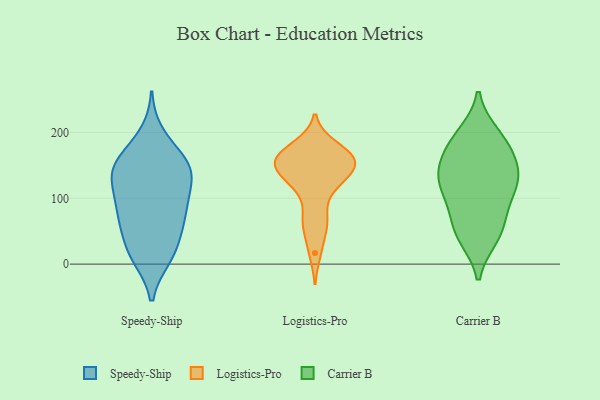
{"axis": {"x": "Satisfaction Score", "y": "Value"}, "legend": ["Carrier B", "Logistics-Pro", "Speedy-Ship"], "data": [{"x": "", "y": 79, "type": "Speedy-Ship"}, {"x": "", "y": 148, "type": "Speedy-Ship"}, {"x": "", "y": 125, "type": "Speedy-Ship"}, {"x": "", "y": 136, "type": "Speedy-Ship"}, {"x": "", "y": 84, "type": "Speedy-Ship"}, {"x": "", "y": 130, "type": "Speedy-Ship"}, {"x": "", "y": 196, "type": "Speedy-Ship"}, {"x": "", "y": 84, "type": "Speedy-Ship"}, {"x": "", "y": 13, "type": "Speedy-Ship"}, {"x": "", "y": 167, "type": "Speedy-Ship"}, {"x": "", "y": 68, "type": "Speedy-Ship"}, {"x": "", "y": 15, "type": "Speedy-Ship"}, {"x": "", "y": 146, "type": "Speedy-Ship"}, {"x": "", "y": 36, "type": "Speedy-Ship"}, {"x": "", "y": 52, "type": "Speedy-Ship"}, {"x": "", "y": 11, "type": "Speedy-Ship"}, {"x": "", "y": 141, "type": "Speedy-Ship"}, {"x": "", "y": 157, "type": "Speedy-Ship"}, {"x": "", "y": 97, "type": "Speedy-Ship"}, {"x": "", "y": 125, "type": "Logistics-Pro"}, {"x": "", "y": 117, "type": "Logistics-Pro"}, {"x": "", "y": 180, "type": "Logistics-Pro"}, {"x": "", "y": 68, "type": "Logistics-Pro"}, {"x": "", "y": 154, "type": "Logistics-Pro"}, {"x": "", "y": 175, "type": "Logistics-Pro"}, {"x": "", "y": 148, "type": "Logistics-Pro"}, {"x": "", "y": 171, "type": "Logistics-Pro"}, {"x": "", "y": 159, "type": "Logistics-Pro"}, {"x": "", "y": 121, "type": "Logistics-Pro"}, {"x": "", "y": 73, "type": "Logistics-Pro"}, {"x": "", "y": 49, "type": "Logistics-Pro"}, {"x": "", "y": 17, "type": "Logistics-Pro"}, {"x": "", "y": 154, "type": "Logistics-Pro"}, {"x": "", "y": 159, "type": "Logistics-Pro"}, {"x": "", "y": 143, "type": "Logistics-Pro"}, {"x": "", "y": 149, "type": "Logistics-Pro"}, {"x": "", "y": 45, "type": "Carrier B"}, {"x": "", "y": 184, "type": "Carrier B"}, {"x": "", "y": 163, "type": "Carrier B"}, {"x": "", "y": 129, "type": "Carrier B"}, {"x": "", "y": 197, "type": "Carrier B"}, {"x": "", "y": 74, "type": "Carrier B"}, {"x": "", "y": 102, "type": "Carrier B"}, {"x": "", "y": 100, "type": "Carrier B"}, {"x": "", "y": 137, "type": "Carrier B"}, {"x": "", "y": 130, "type": "Carrier B"}, {"x": "", "y": 156, "type": "Carrier B"}, {"x": "", "y": 41, "type": "Carrier B"}, {"x": "", "y": 50, "type": "Carrier B"}, {"x": "", "y": 128, "type": "Carrier B"}, {"x": "", "y": 191, "type": "Carrier B"}]}